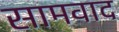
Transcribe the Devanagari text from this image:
सामवाद